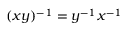
( x y ) ^ { - 1 } = y ^ { - 1 } x ^ { - 1 }